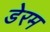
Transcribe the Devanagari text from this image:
डेरम